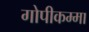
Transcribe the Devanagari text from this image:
गोपीकम्मा